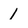
Character: 1